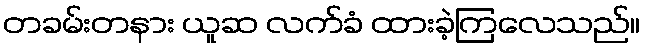
တခမ်းတနား ယူဆ လက်ခံ ထားခဲ့ကြလေသည်။